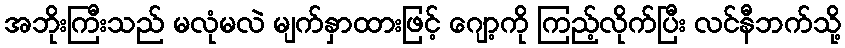
အဘိုးကြီးသည် မလုံမလဲ မျက်နှာထားဖြင့် ဂျော့ကို ကြည့်လိုက်ပြီး လင်နီဘက်သို့